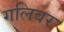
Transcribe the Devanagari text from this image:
गलिवर